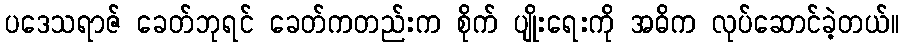
ပဒေသရာဇ် ခေတ်ဘုရင် ခေတ်ကတည်းက စိုက် ပျိုးရေးကို အဓိက လုပ်ဆောင်ခဲ့တယ်။